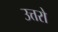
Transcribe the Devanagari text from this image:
उत्तरो